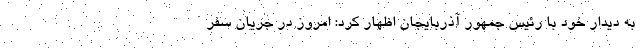
به دیدار خود با رئیس جمهور آذربایجان اظهار کرد: امروز در جریان سفر